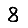
Digit: 8